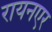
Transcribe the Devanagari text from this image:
रायनएर